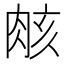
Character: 𮌑